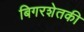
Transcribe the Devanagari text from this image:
बिगरशेतकी